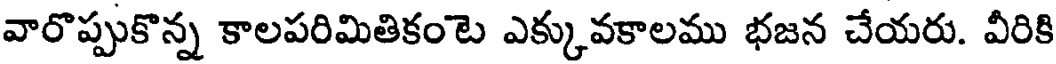
వారొప్పుకొన్న కాలపరిమితికంటె ఎక్కువకాలము భజన చేయరు. వీరికి